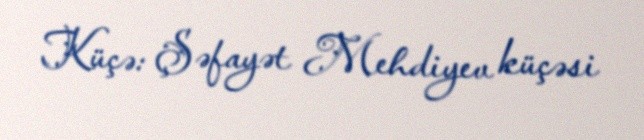
Küçə: Şəfayət Mehdiyev küçəsi